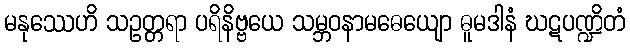
မနုဿေဟိ သဥတ္တရာ ပရိနိဗ္ဗယေ သမ္ဘဝနာမဓေယျော ဓူမဒါနံ ဃဋပဏ္ဍိတံ